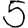
Digit: 5